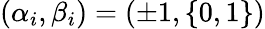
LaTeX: (\alpha_{i},\beta_{i})=(\pm 1,\{ 0,1\} )